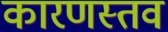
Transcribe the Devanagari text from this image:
कारणस्तव